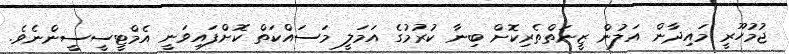
ޖުމުހޫރީ މައިދާން އަލުން ޒީނަތްތެރިކޮށް ބިނާ ކުރުމުގެ އަމަލީ މަސައްކަތް ކޮށްފައިވަނީ އެމްޓީސީސީންނެވެ.